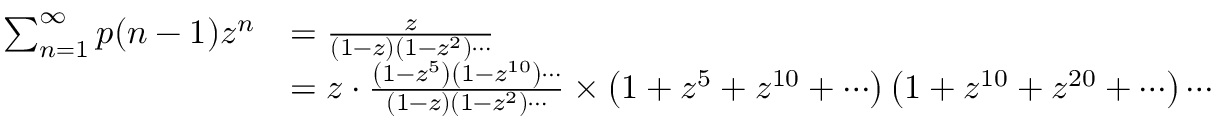
{ \begin{array} { r l } { \sum _ { n = 1 } ^ { \infty } p ( n - 1 ) z ^ { n } } & { = { \frac { z } { ( 1 - z ) \left( 1 - z ^ { 2 } \right) \cdots } } } \\ & { = z \cdot { \frac { \left( 1 - z ^ { 5 } \right) \left( 1 - z ^ { 1 0 } \right) \cdots } { ( 1 - z ) \left( 1 - z ^ { 2 } \right) \cdots } } \times \left( 1 + z ^ { 5 } + z ^ { 1 0 } + \cdots \right) \left( 1 + z ^ { 1 0 } + z ^ { 2 0 } + \cdots \right) \cdots } \end{array} }